Indian Civil Veterinary Department memoirs
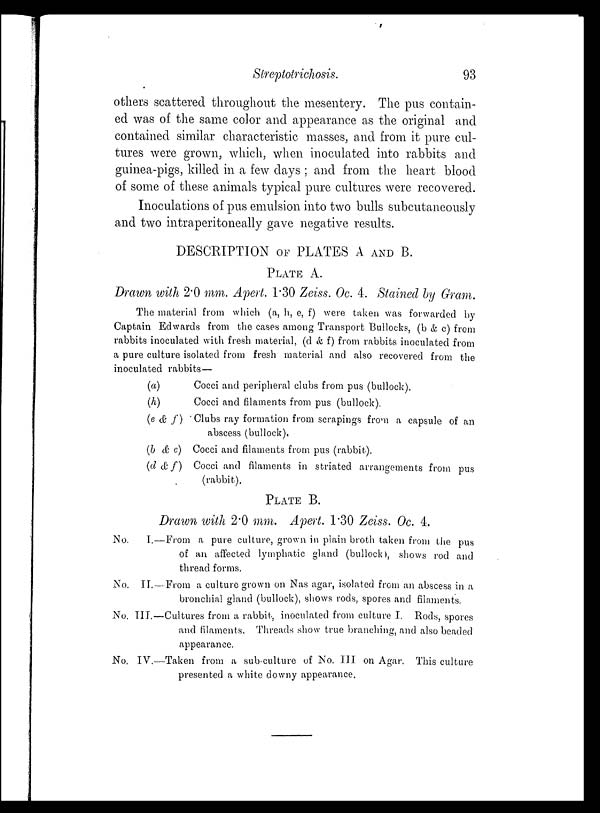
Streptotrichosis.
93
others scattered throughout the mesentery. The pus contain-
ed was of the same color and appearance as the original and
contained similar characteristic masses, and from it pure cul-
tures were grown, which, when inoculated into rabbits and
guinea-pigs, killed in a few days; and from the heart blood
of some of these animals typical pure cultures were recovered.
Inoculations of pus emulsion into two bulls subcutaneously
and two intraperitoneally gave negative results.
DESCRIPTION OF PLATES A AND B.
PLATE A.
Drawn with 2.0 mm. Apert. 1.30 Zeiss. Oc. 4. Stained by Gram.
The material from which (a, h, e, f) were taken was forwarded by
Captain Edwards from the cases among Transport Bullocks, (b & c) from
rabbits inoculated with fresh material, (d & f) from rabbits inoculated from
a pure culture isolated from fresh material and also recovered from the
inoculated rabbits—
(a)
Cocci and peripheral clubs from pus (bullock).
(h)
Cocci and filaments from pus (bullock).
(e & f)
Clubs ray formation from scrapings from a capsule of an
abscess (bullock).
(b & c) Cocci and filaments from pus (rabbit).
(d & f)
Cocci and filaments in striated arrangements from pus
(rabbit).
PLATE B.
Drawn with 2.0 mm. Apert. 1.30 Zeiss. Oc. 4.
No. I.—From a pure culture, grown in plain broth taken from the pus
of an affected lymphatic gland (bullock), shows rod and
thread forms.
No. II.—From a culture grown on Nas agar, isolated from an abscess in a
bronchial gland (bullock), shows rods, spores and filaments.
No. III.—Cultures from a rabbit, inoculated from culture I. Rods, spores
and filaments. Threads show true branching, and also beaded
appearance.
No. IV.—Taken from a sub-culture of No. III on Agar. This culture
presented a white downy appearance.